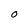
Character: 0